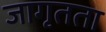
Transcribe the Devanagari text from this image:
जागृतता